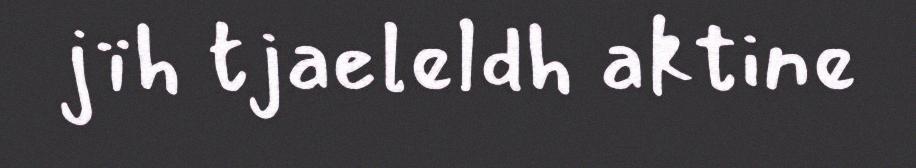
jïh tjaeleldh aktine